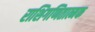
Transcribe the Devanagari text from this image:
राशिगणितात्मक